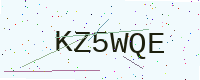
Text: KZ5WQE